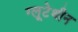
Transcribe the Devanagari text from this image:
ग्लूटेथीन